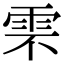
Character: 𩂆